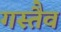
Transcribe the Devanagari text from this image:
गस्तैव